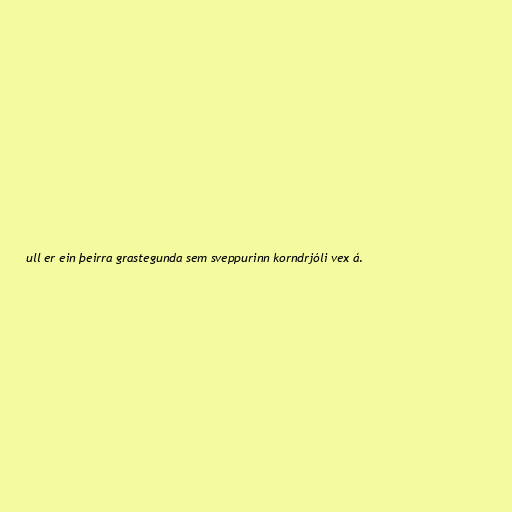
ull er ein þeirra grastegunda sem sveppurinn korndrjóli vex á.